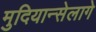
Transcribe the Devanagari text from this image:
मुदियान्सेलागे